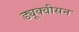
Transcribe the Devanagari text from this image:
ड्यूक्वीसन